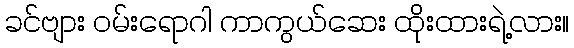
ခင်ဗျား ဝမ်းရောဂါ ကာကွယ်ဆေး ထိုးထားရဲ့လား။